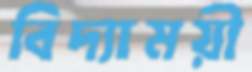
বিদ্যাময়ী